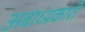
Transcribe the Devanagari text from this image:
अबाध्यकारी